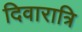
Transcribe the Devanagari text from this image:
दिवारात्रि